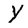
Character: Y